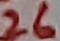
Text: 26